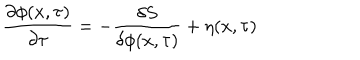
\frac { \partial \phi ( x , \tau ) } { \partial \tau } = - \frac { \delta S } { \delta \phi ( x , \tau ) } + \eta ( x , \tau )